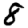
Digit: 8